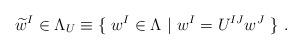
LaTeX: \begin{align*}\widetilde{w}^I \in \Lambda_U \equiv \{\ w^I \in \Lambda\ |\ w^I= U^{IJ}w^J\ \}\ .\end{align*}